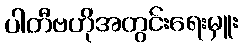
ပါတီဗဟိုအတွင်းရေးမှူး